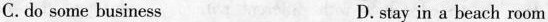
C.do some business D. stay in a beach room